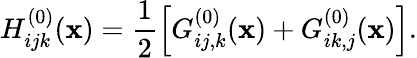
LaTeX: H_{ijk}^{(0)}({\mathbf x})=\frac{1}{2}\left[G_{ij,k}^{(0)}({\mathbf x})+G_{ik,j}^{(0)}({\mathbf x})\right].